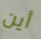
أين